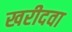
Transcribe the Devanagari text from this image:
खरीदवा